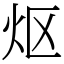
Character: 𬉼